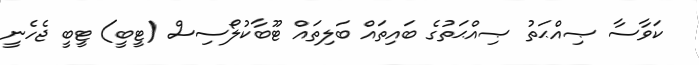
ކަވާސާ ޞިއްޙަތު ޞިއްޙަތުގެ ބައިތައް ބަލިތައް ޓޫބާކުލޯސިސް (ޓީބީ) ޓީބީ ޖެހެނީ